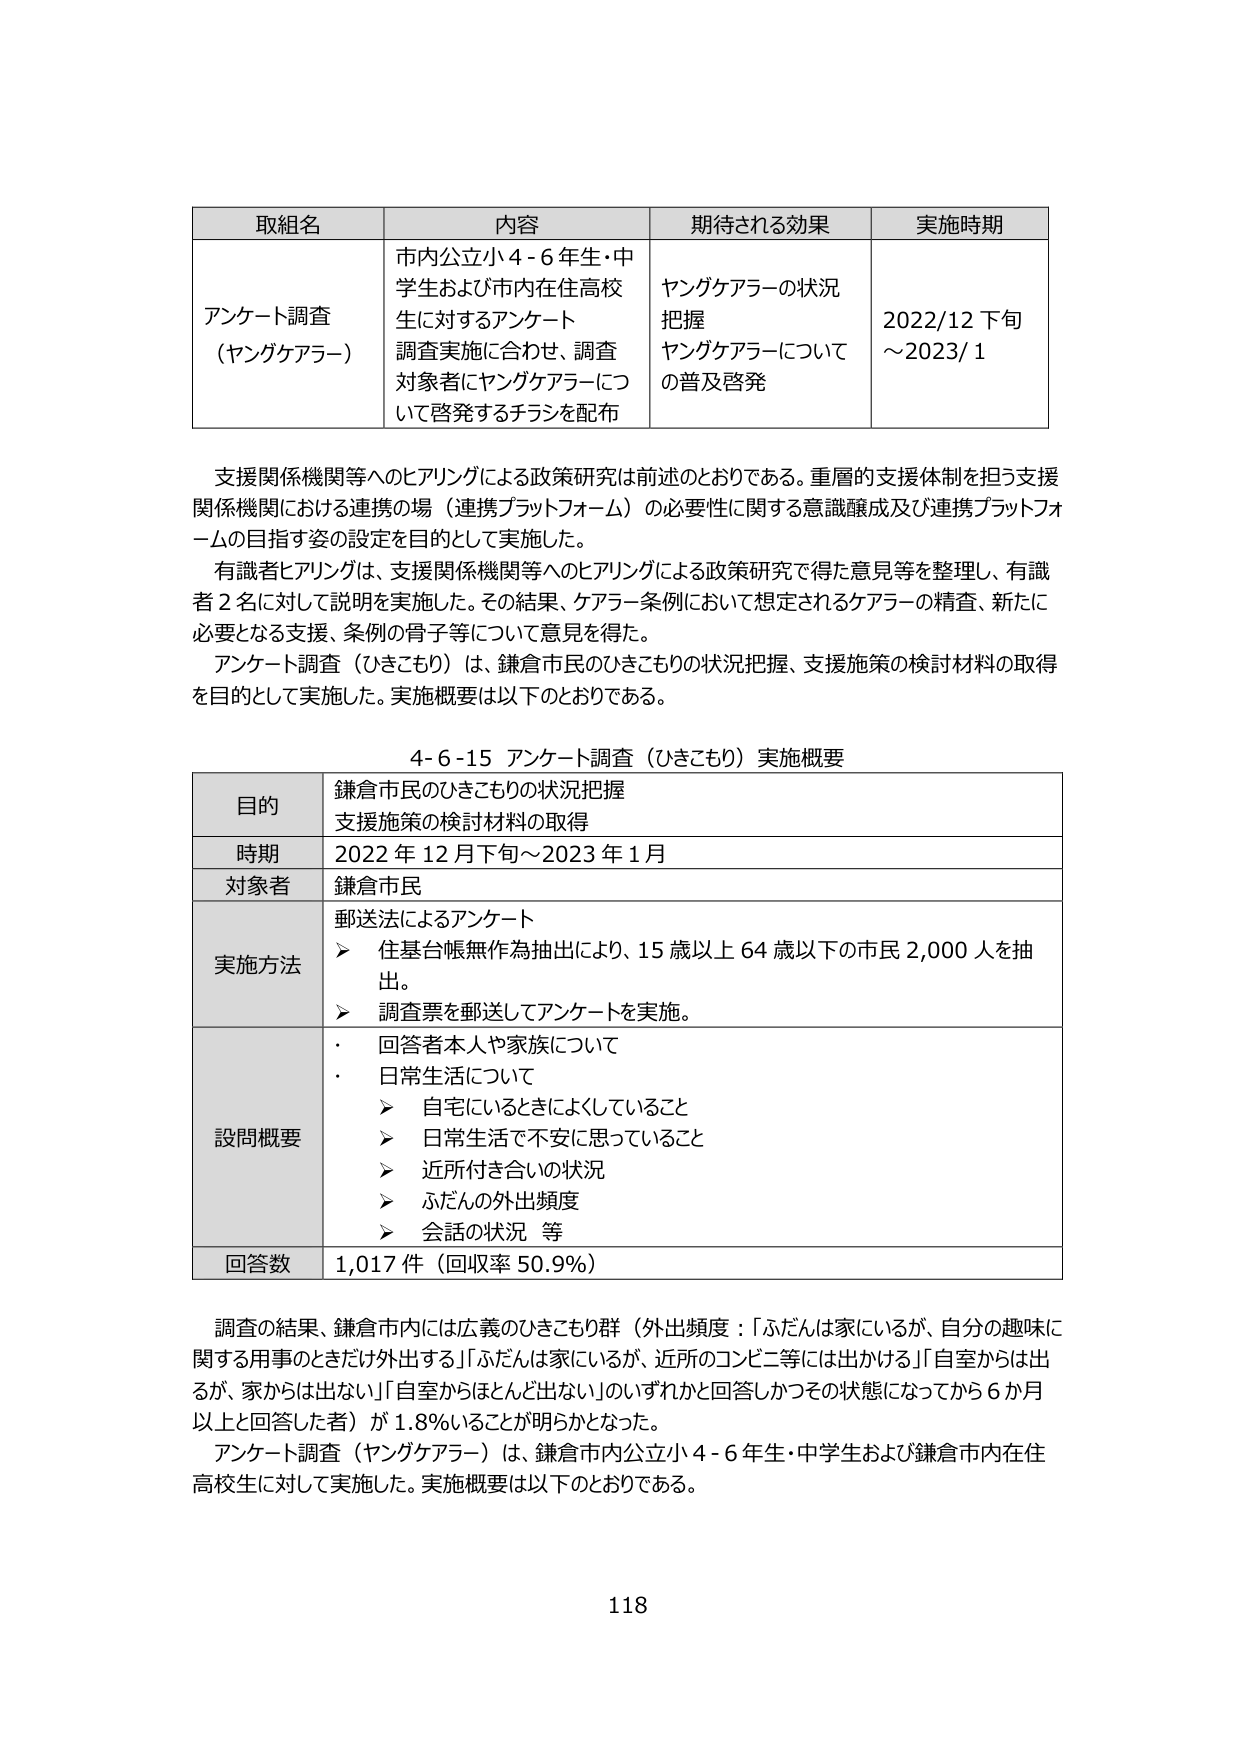
取組名	内容	期待される効果	実施時期
アンケート調査（ヤングケアラー）	市内公立小４－６年生・中学生および市内在住高校生に対するアンケート調査実施に合わせ、調査対象者にヤングケアラーについて啓発するチラシを配布	ヤングケアラーの状況把握ヤングケアラーについての普及啓発	2022/12 下旬～2023/1

支援関係機関等へのヒアリングによる政策研究は前述のとおりである。重層的支援体制を担う支援関係機関における連携の場（連携プラットフォーム）の必要性に関する意識醸成及び連携プラットフォームの目指す姿の設定を目的として実施した。
有識者ヒアリングは、支援関係機関等へのヒアリングによる政策研究で得た意見等を整理し、有識者２名に対して説明を実施した。その結果、ケアラー条例において想定されるケアラーの精査、新たに必要となる支援、条例の骨子等について意見を得た。
アンケート調査（ひきこもり）は、鎌倉市民のひきこもりの状況把握、支援施策の検討材料の取得を目的として実施した。実施概要は以下のとおりである。

４－６－１５ アンケート調査（ひきこもり）実施概要
目的	鎌倉市民のひきこもりの状況把握支援施策の検討材料の取得
時期	2022年12月下旬～2023年1月
対象者	鎌倉市民
実施方法	郵送法によるアンケート
　　➤ 住基台帳無作為抽出により、15歳以上64歳以下の市民2,000人を抽出。
　　➤ 調査票を郵送してアンケートを実施。
設問概要	・ 回答者本人や家族について
　　・ 日常生活について
　　　➤ 自宅にいるときによくしていること
　　　➤ 日常生活で不安に思っていること
　　　➤ 近所付き合いの状況
　　　➤ ふだんの外出頻度
　　　➤ 会話の状況 等
回答数	1,017件（回収率50.9％）

調査の結果、鎌倉市内には広義のひきこもり群（外出頻度：「ふだんは家にいるが、自分の趣味に関する用事のときだけ外出する」「ふだんは家にいるが、近所のコンビニ等には出かける」「自室からは出るが、家からは出ない」「自室からはほとんど出ない」のいずれかと回答しかつその状態になってから６か月以上と回答した者）が1.8％いることが明らかとなった。
アンケート調査（ヤングケアラー）は、鎌倉市内公立小４－６年生・中学生および鎌倉市内在住高校生に対して実施した。実施概要は以下のとおりである。

118